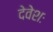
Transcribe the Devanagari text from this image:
देवेशः